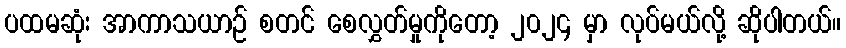
ပထမဆုံး အာကာသယာဉ် စတင် စေလွှတ်မှုကိုတော့ ၂၀၂၄ မှာ လုပ်မယ်လို့ ဆိုပါတယ်။